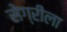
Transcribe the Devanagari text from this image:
सेग्रीला